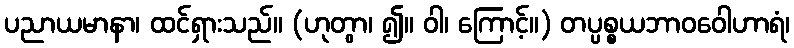
ပညာယမာနာ၊ ထင်ရှားသည်။ (ဟုတွာ၊ ၍။ ဝါ၊ ကြောင့်။) တပ္ပစ္စယဘာဝဝေါဟာရံ၊